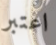
اعتبر